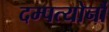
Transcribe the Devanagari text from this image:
दम्पत्योर्नौ